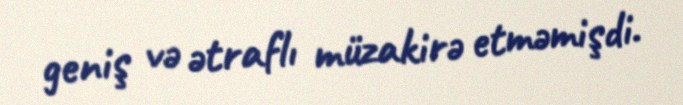
geniş və ətraflı müzakirə etməmişdi.